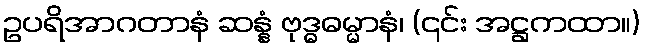
ဥပရိအာဂတာနံ ဆန္နံ ဗုဒ္ဓဓမ္မာနံ၊ (၎င်း အဋ္ဌကထာ။)